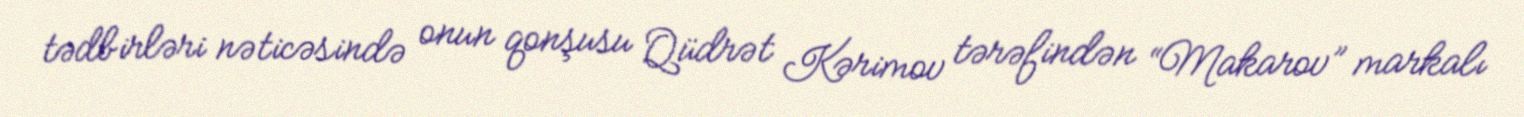
tədbirləri nəticəsində onun qonşusu Qüdrət Kərimov tərəfindən “Makarov” markalı